Lunatic asylums in Bengal annual reports 1888-1898 - 1888-1898
Year: 1888
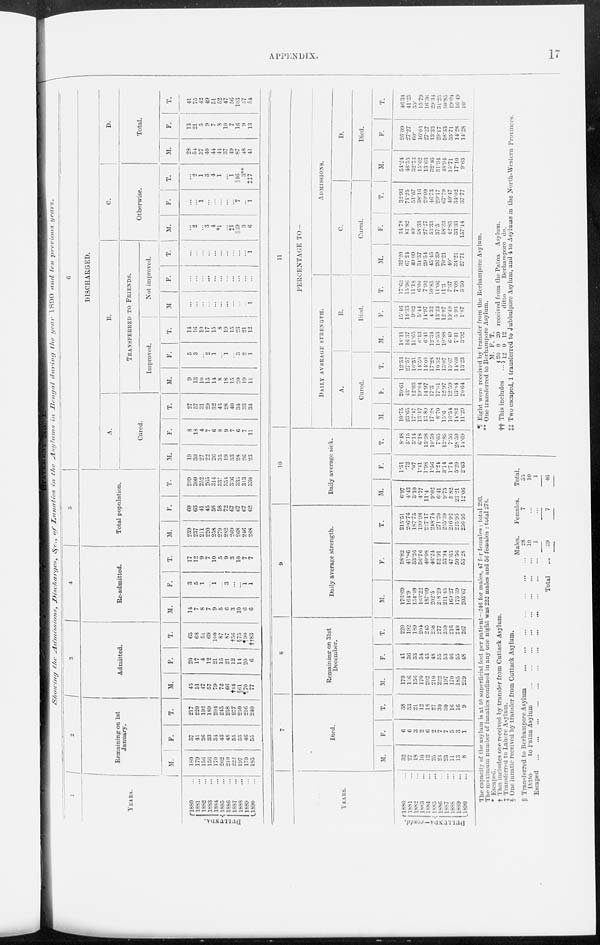
APPENDIX.
17
Showing
the
Admissions,
Discharges,
&c., of Lunatics
in the Asylums in Bengal during the year 1890 and ten previous years.
1
YEARS.
DULLUNDA.
1880 ...
1881 ...
1882 ...
1883 ...
1884 ...
1885 ...
1886 ...
1887 ...
1888 ...
1889 ...
1890 ...
2
Remaining on 1st
January.
M.
180
179
156
156
170
202
210
222
197
170
185
F.
37
41
36
33
34
43
48
55
53
46
55
T.
217
220
192
189
204
245
258
277
250
216
240
3
Admitted.
M.
45
51
47
57
79
72
66
†44
§61
¶ 70
77
F.
20
17
4
12
21
15
21
12
14
20
6
T.
65
68
51
69
100
87
87
†56
§75
¶ 90
††83
4
Re-admitted.
M.
14
7
8
7
9
5
6
3
10
6
6
F.
3
5
1
... 1
... 3
...
... 1 1
T.
17
12
9
7
10
5
9
3
10
7
7
5
Total population.
M.
239
237
211
220
258
279
282
269
268
246
268
F.
60
63
41
45
56
58
72
67
67
67
62
T.
299
300
252
265
314
337
354
336
335
313
330
6
DISCHARGED.
A.
Cured.
M
19
39
27
22
26
35
19
33
28
26
23
F.
8
18
4
7
6
8
9
7
6
7
11
T.
27
57
31
29
32
43
28
40
34
33
34
B.
TRANSFERRED TO FRIENDS.
Improved.
M.
9
13
10
15
14
8
18
15
20
19
11
F.
5
3
... 2
1
... 1
... 3
2
1
T.
14
16
10
17
15
8
19
15
23
21
12
Not improved.
M.
...
...
...
... ...
... ...
...
...
...
1
F.
...
...
... ...
...
...
...
...
...
... ...
T.
...
...
...
...
...
...
...
...
... ... 1
C.
Otherwise.
M.
...
2
... 3
4
*1
... ‡1
||39
3
6
F.
...
...
1
... ...
...
...
...
7
...
1
T.
...
2
1
3
4
1
... 1
|| 46
3**
‡‡7
D.
Total.
M.
28
54
37
40
44
44
37
49
87
48
41
F.
13
21
5
9
7
8
10
7
10
9
13
T.
41
75
42
49
51
52
47
56
103
57
54
YEARS.
DULLUNDA—contd.
1880 ...
1881 ...
1882 ...
1883 ...
1884 ...
1885 ...
1886 ...
1887 ...
1888 ...
1889 ...
1890 ...
7
Died.
M.
32
27
18
10
12
25
23
23
11
13
8
F.
6
6
3
2
6
2
7
7
5
3
1
T.
38
33
21
12
18
27
30
30
16
16
9
8
Remaining on 31st
December.
M.
179
156
156
170
202
210
222
197
170
185
219
F.
41
36
33
34
43
48
55
53
46
55
48
T.
220
192
189
204
245
258
277
250
216
240
267
9
Daily average strength.
M.
176.69
164.9
l54.49
163.22
187.09
202.5
218.29
211.45
169.27
175.39
203.67
F.
38.82
41.86
33.26
36.76
40.08
46.24
52.91
53.94
47.65
50.56
53.28
T.
215.51
206.76
187.75
199.98
227.17
248.74
271.20
265.39
216.92
225.95
256.95
10
Daily average sick.
M.
6.97
4.43
3.10
4.77
11.4
9.02
6.41
9.75
5.82
23.21
12.06
F.
1.51
.72
.07
1.41
1.98
1.56
1.24
3.14
1.74
5.29
2.63
T.
8.48
5.15
3.14
6.18
13.38
10.58
7.65
12.86
7.56
28.50
14.69
11
PERCENTAGE TO—
DAILY AVERAGE STRENGTH.
A.
Cured.
M.
10.75
23.65
17.47
13.47
13.89
17.28
8.70
15.6
16.54
14.82
11.29
F.
20.61
43.
12.03
19.04
14.97
17.3
17.01
12.97
12.59
13.84
20.64
T.
12.53
27.57
16.51
14.59
14.08
17.28
10.32
15.07
15.67
14.60
13.23
B.
Died.
M.
18.11
16.37
11.65
6.13
6.41
12.34
10.53
10.88
6.49
7.41
3.92
F.
15.46
14.33
9.02
5.44
14.97
4.32
13.23
12.97
10.49
5.93
1.87
T.
17.63
15.96
11.18
6.00
7.92
10.85
11.06
11.3
7.37
7.08
3.50
ADMISSIONS.
C.
Cured.
M.
32.20
67.24
49.09
34.37
29.54
45.45
26.39
70.21
40.
34.21
27.71
F.
34.78
81.82
80.
58.33
27.27
53.33
37.5
58.33
42.85
33.33
157.14
T.
32.93
71.25
51.67
38.16
29.09
46.73
29.17
67.79
40.47
34.02
37.77
D.
Died.
M.
54.24
46.55
32.73
15.62
13.63
32.46
31.94
48.94
15.71
17.10
9.63
F.
26.09
27.27
60.
16.66
27.27
13.33
29.17
58.33
35.71
14.28
14.28
T.
46.34
41.25
35.
15.79
16.36
29.34
31.23
50.83
19.04
16.49
10.
The capacity of the asylum is at 50 superficial feet per patient—246 for males, 47 for females : total 293.
The maximum number of lunatics confined in any one night was 222 males and 50 females : total 278.
* Escaped.
† This includes one received by transfer from Cuttack Asylum.
‡ Transferred to Lahore Asylum.
§ One lunatic received by transfer from Cuttack Asylum.
|| Transferred to Berhampore Asylum
...
...
...
...
...
...
...
Ditto
to Patna Asylum
...
...
...
...
...
...
...
...
Escaped
...
...
...
...
...
...
...
...
...
...
...
...
Total ...
Males.
28
10
1
39
Females.
7
...
...
7
Total.
35
10
1
46
¶ Eight were received by transfer from the Berhampore Asylum.
** One transferred to Berhampore Asylum.
†† This includes
M.
20
12
F.
0
0
T.
20
12
received from the Patna Asylum.
ditto
Berhampore
do.
‡‡ Two escaped, 1 transferred to Jubbulpore Asylum, and 4 to Asylums in the North-Western Provinces